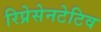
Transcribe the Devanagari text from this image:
रिप्रेसेनटेटिव